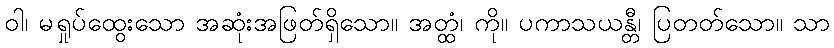
ဝါ၊ မရှုပ်ထွေးသော အဆုံးအဖြတ်ရှိသော။ အတ္ထံ၊ ကို။ ပကာသယန္တီ၊ ပြတတ်သော။ သာ